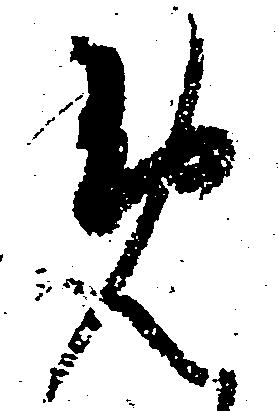
め